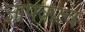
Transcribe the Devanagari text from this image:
ज्ञापकत्व